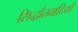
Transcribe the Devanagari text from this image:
सिद्धाँतवादियों